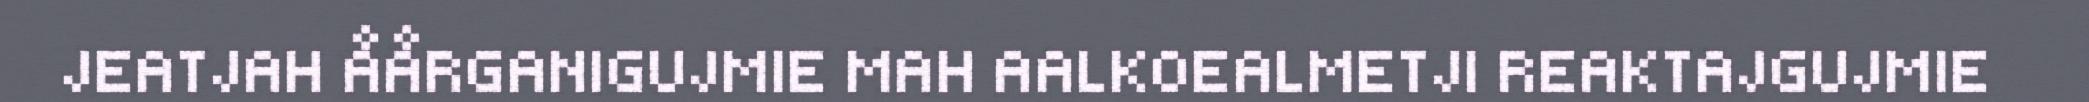
JEATJAH ÅÅRGANIGUJMIE MAH AALKOEALMETJI REAKTAJGUJMIE